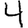
Digit: 4